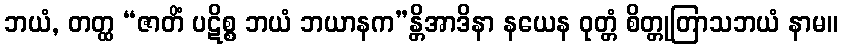
ဘယံ, တတ္ထ “ဇာတိံ ပဋိစ္စ ဘယံ ဘယာနက”န္တိအာဒိနာ နယေန ဝုတ္တံ စိတ္တုတြာသဘယံ နာမ။